画像に写った文字を読んでください
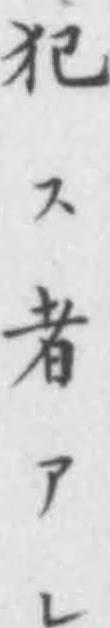
「犯ス者アレ」と書いてあります